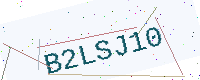
Text: B2LSJ10